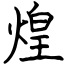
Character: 煌